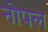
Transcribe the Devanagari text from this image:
नोपल